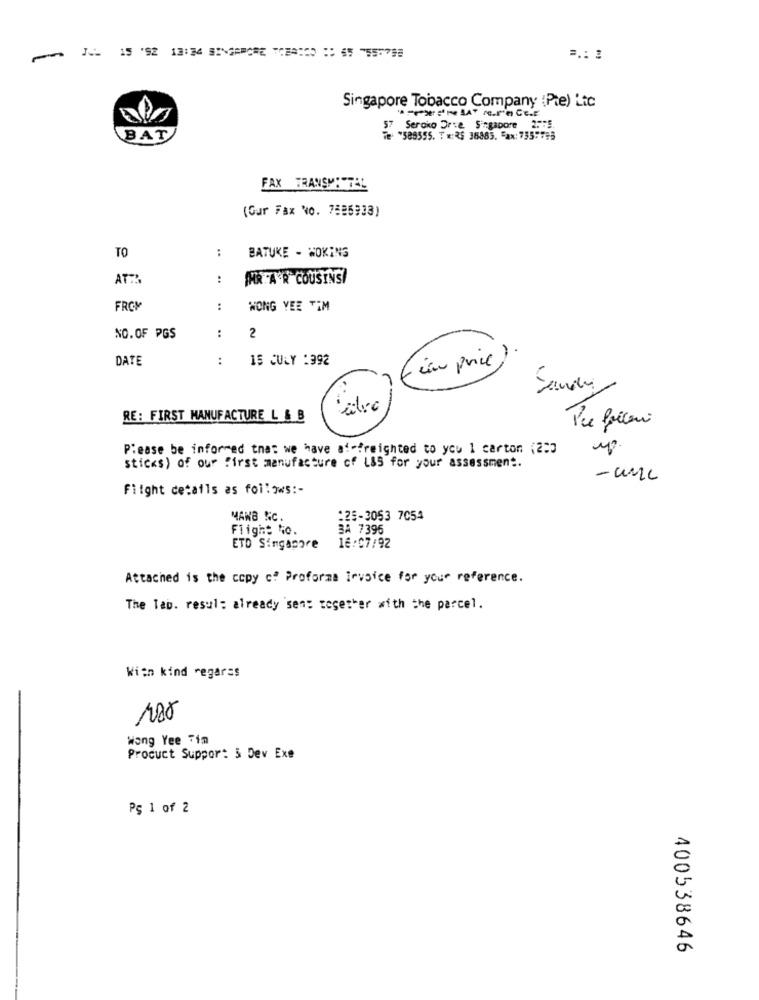
=.: :
Singapore Tobacco Company (Pte) Lic
57 Seroico Drie Singapore 2575
BAT
FAX TRANSMIWEL
(Gur Fax No. 7585933)
TO
:
BATUKE - WOKING
AT?
:
IHRTA'R COUSINS!
FROM
:
WONG YEE TIM
NO.OF PGS
:
2
DATE
:
15 CULY :392
RE: FIRST MANUFACTURE L & B
Pu ficer
Please be informed that we have af-freighted to you 1 carton (2:3
sticks) of our First manufacture of LIS for your assessment.
-UML
Flight details as follows :-
MANB &C.
:25-3053 7054
Flight No.
3A 7395
ETD Singapore
16:07/92
Attached is the copy c" Proforma Invoice for your reference.
The Tab. resul: already sent together with the parcel.
With kind regards
Wong Yee Tim
Product Suppor: 5 Dev Exe
Pg 1 of 2
400538646